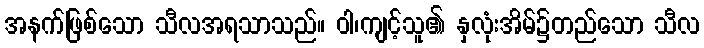
အနက်ဖြစ်သော သီလအရသာသည်။ ဝါ၊ကျင့်သူ၏ နှလုံးအိမ်၌တည်သော သီလ